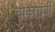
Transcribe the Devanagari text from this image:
चौकारांची